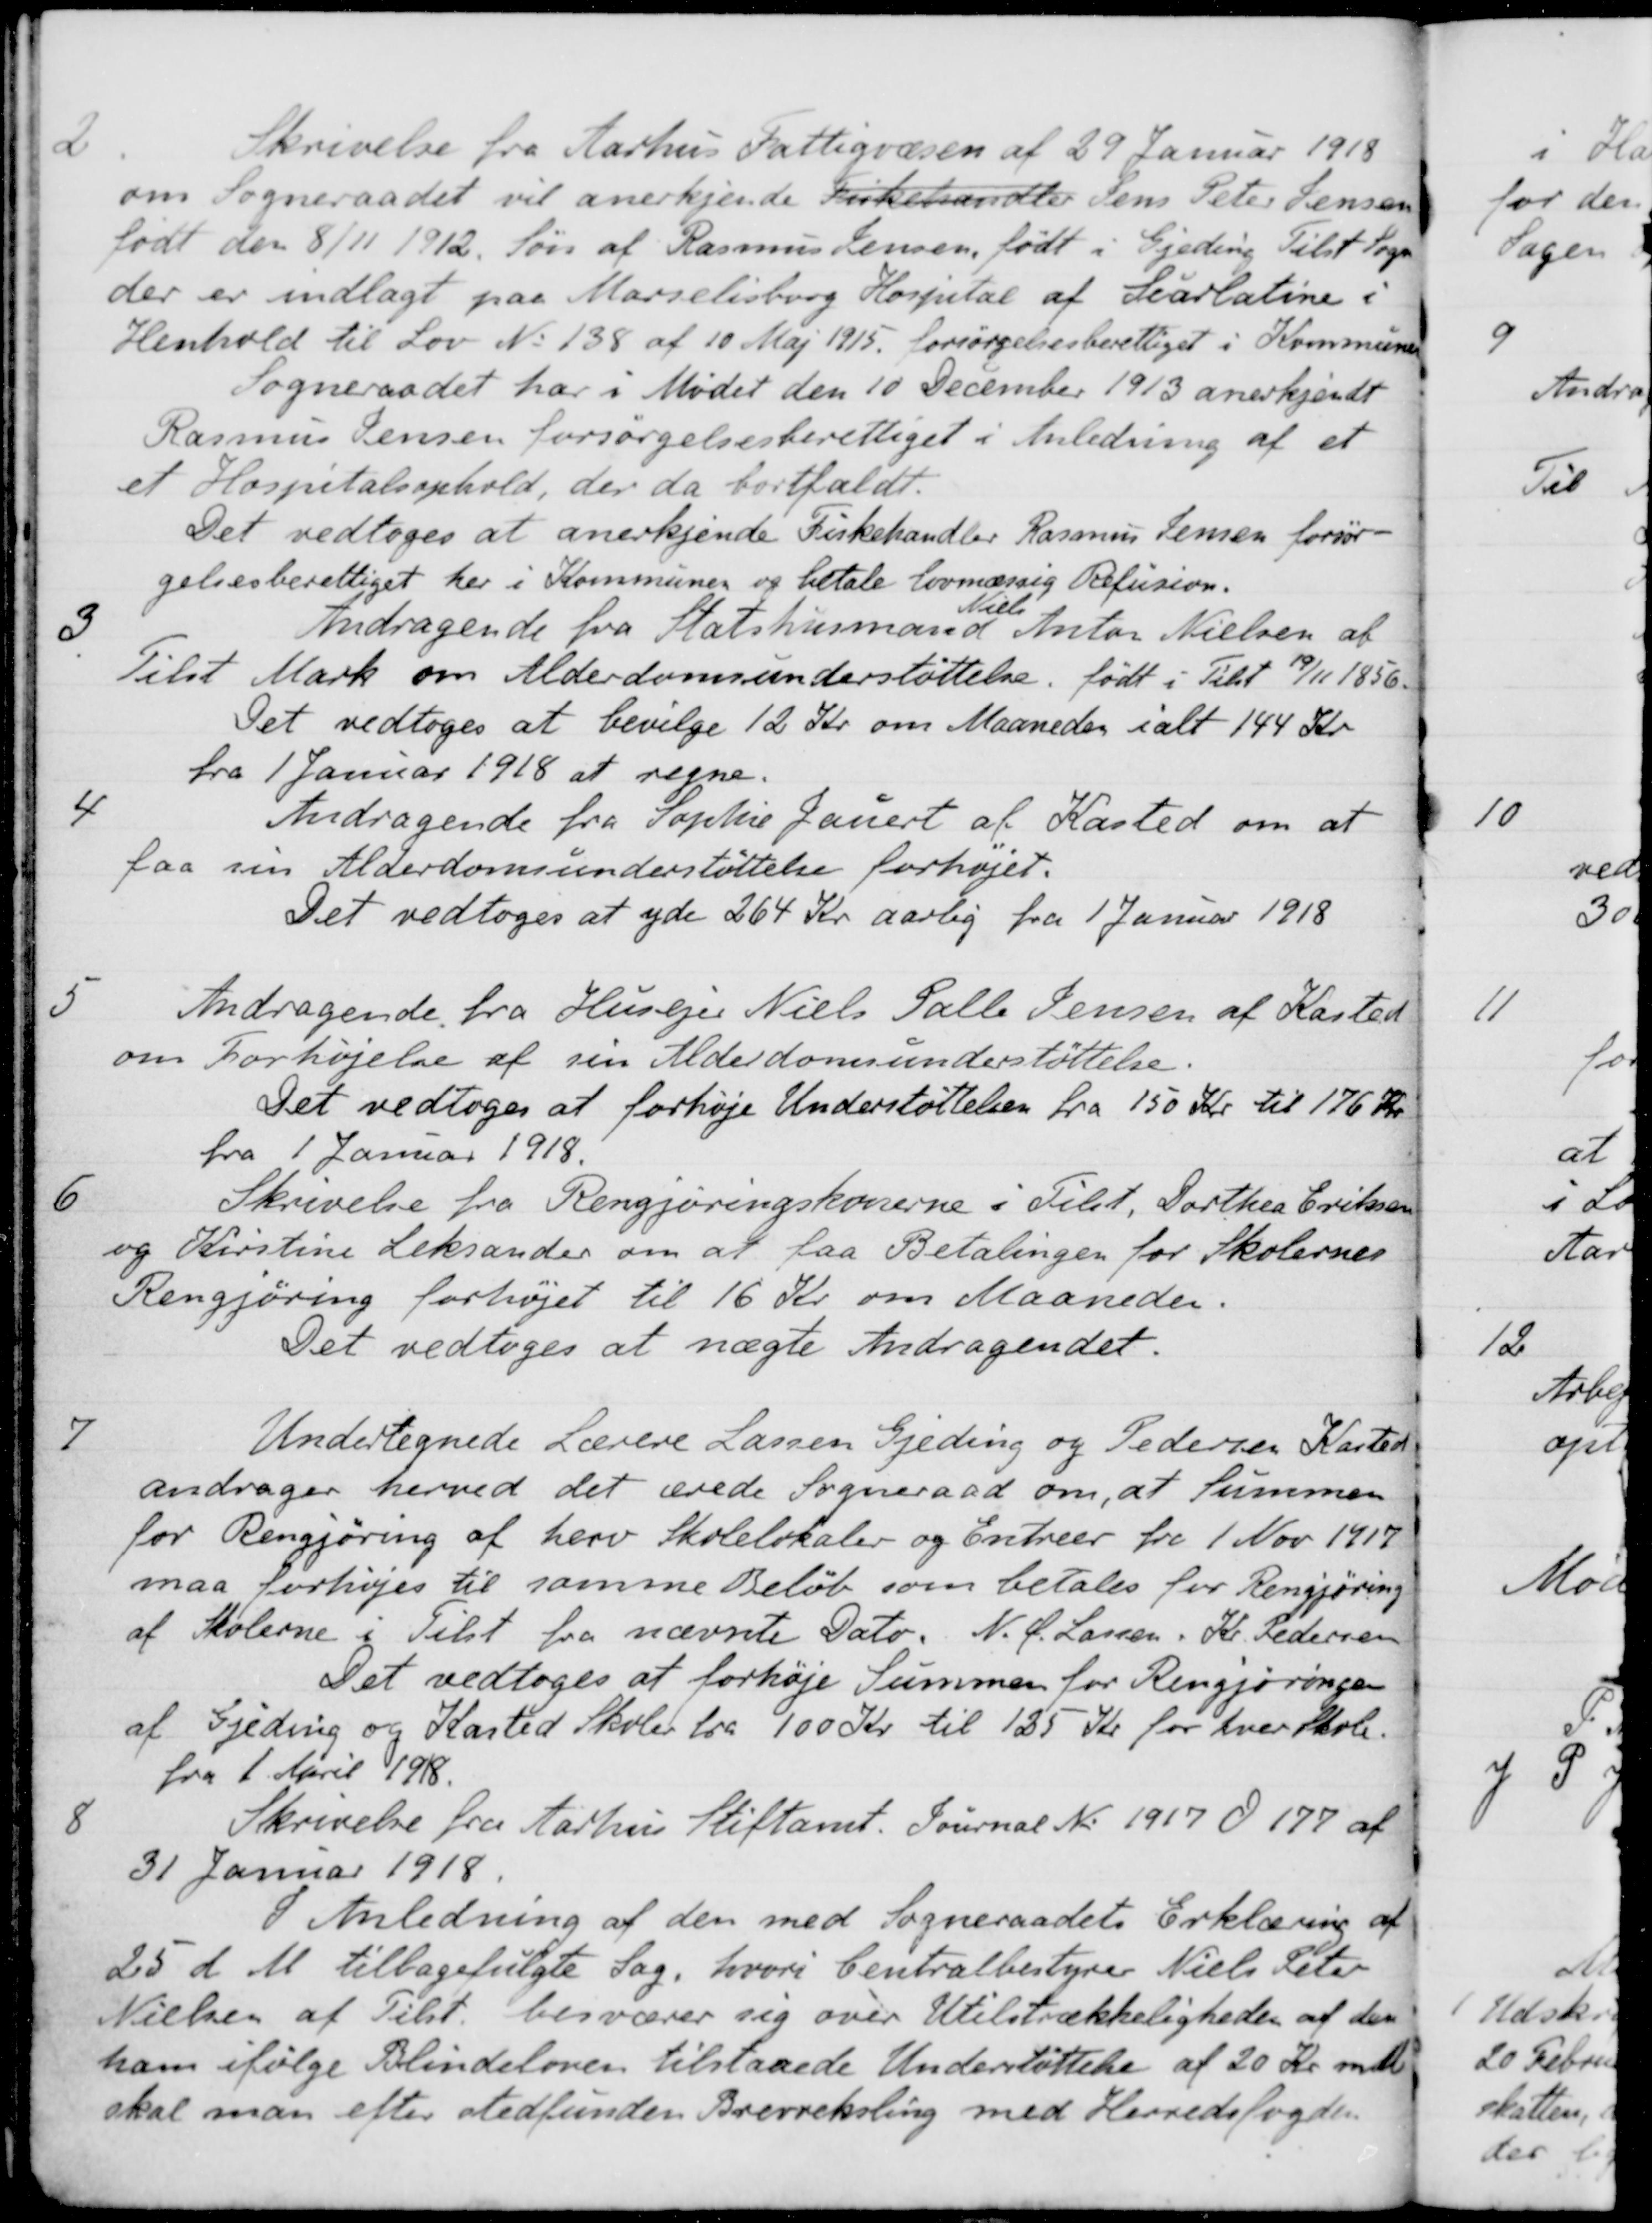
Transskription:
2
Skrivelse fra Aarhus Fattigvæsen af 29 Januar 1918
om Sogneraadet vil anerkjende Fiskehandler Jens Peter Jensen
født den 8/11 1912. Søn af Rasmus Jensen, født i Gjeding Tilst Sogn
der er indlagt paa Marselisborg Hospital af Scarlatine i
Henhold til Lov No 138 af 10 Maj 1915 forsørgelsesberettiget i Kommunen
Sogneraadet har i Mødet den 10 December 1913 anerkjendt
Rasmus Jensen forsørgelsesberettiget i Anledning af et 
et Hospitalsophold, der da bortfaldt.
Det vedtoges at anerkjende Fiskehandler Rasmus Jensen forsør-
gelsesberettiget her i Kommunen og betale lovmæssig Refusion.
3
Andragende fra Statshusmand
Niels
Anton Nielsen af
Tilst Mark om Alderdomsunderstøttelse, født i Tilst 19/11 1856.
Det vedtoges at bevilge 12 Kr om Maaneden i alt 144 Kr
fra 1 Januar 1918 at regne.
4
Andragende fra Sophie Jauert af Kasted om at
faa sin Alderdomsunderstøttelse forhøjet.
Det vedtoges at yde 264 Kr aarlig fra 1 Januar 1918
5
Andragende fra Husejer Niels Palle Jensen af Kasted
om Forhøjelse af sin Alderdomsunderstøttelse.
Det vedtoges at forhøje Understøttelsen fra 150 Kr. til 176 Kr.
fra 1 Januar 1918.
6
Skrivelse fra Rengjøringskonerne i Tilst, Dorthea Eriksen
og Kirstine Leksander om at faa Betalingen for Skolernes
Rengjøring forhøjet til 16 Kr om Maaneder.
Det vedtoges at nægte Andragendet.
7
Undertegnede Lærere Lassen Gjeding og Pedersen Kasted
andrager herved det ærede Sogneraad om, at summen
for Rengjøring af herv Skolelokaler og Entreer fra 1 Nov 1917
maa forhøjes til samme Beløb som betales for Rengjøring
af Skolerne i Tilst fra nævnte Dato. N. P. Larsen. Kr. Pedersen
Det vedtoges at forhøje Summen for Rengjøringen
af Gjeding og Kasted Skoler fra 100 Kr. til 125 Kr for hver Skole.
fra 1. April 1918.
8
Skrivelse fra Aarhus Stiftamt. Journal No 1917 d 177 af
31 Januar 1918.
I Anledning af den med Sogneraadets Erklæring af
25 d. M. tilbagefulgte Sag, hvori Centralbestyrer Niels Peter
Nielsen af Tilst. besværer sig over tilstrækkeligheden af den
ham ifølge Blindeloven tilstaaede Understøttelse af 20 Kr. mdl.
skal man efter stedfunden Brevveksling med Herredsfogden